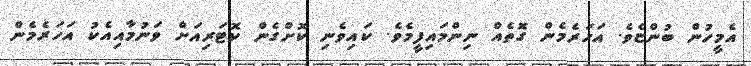
އެމީހުން ބުންޏެވެ. އަހަރެމެން ގޮތެއް ނިންމައިފީމެވެ. ކައިވެނި ކޮށްގެން ކޮޓަރިއަށް ވަނުމާއިއެކު އަހަރެމެން